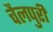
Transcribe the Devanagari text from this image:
चैलपुरी